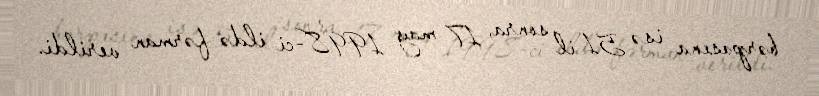
bərpasına isə 51 il sonra, 17 may 1998-ci ildə fərman verildi.